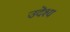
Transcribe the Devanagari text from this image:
उदॆश्य